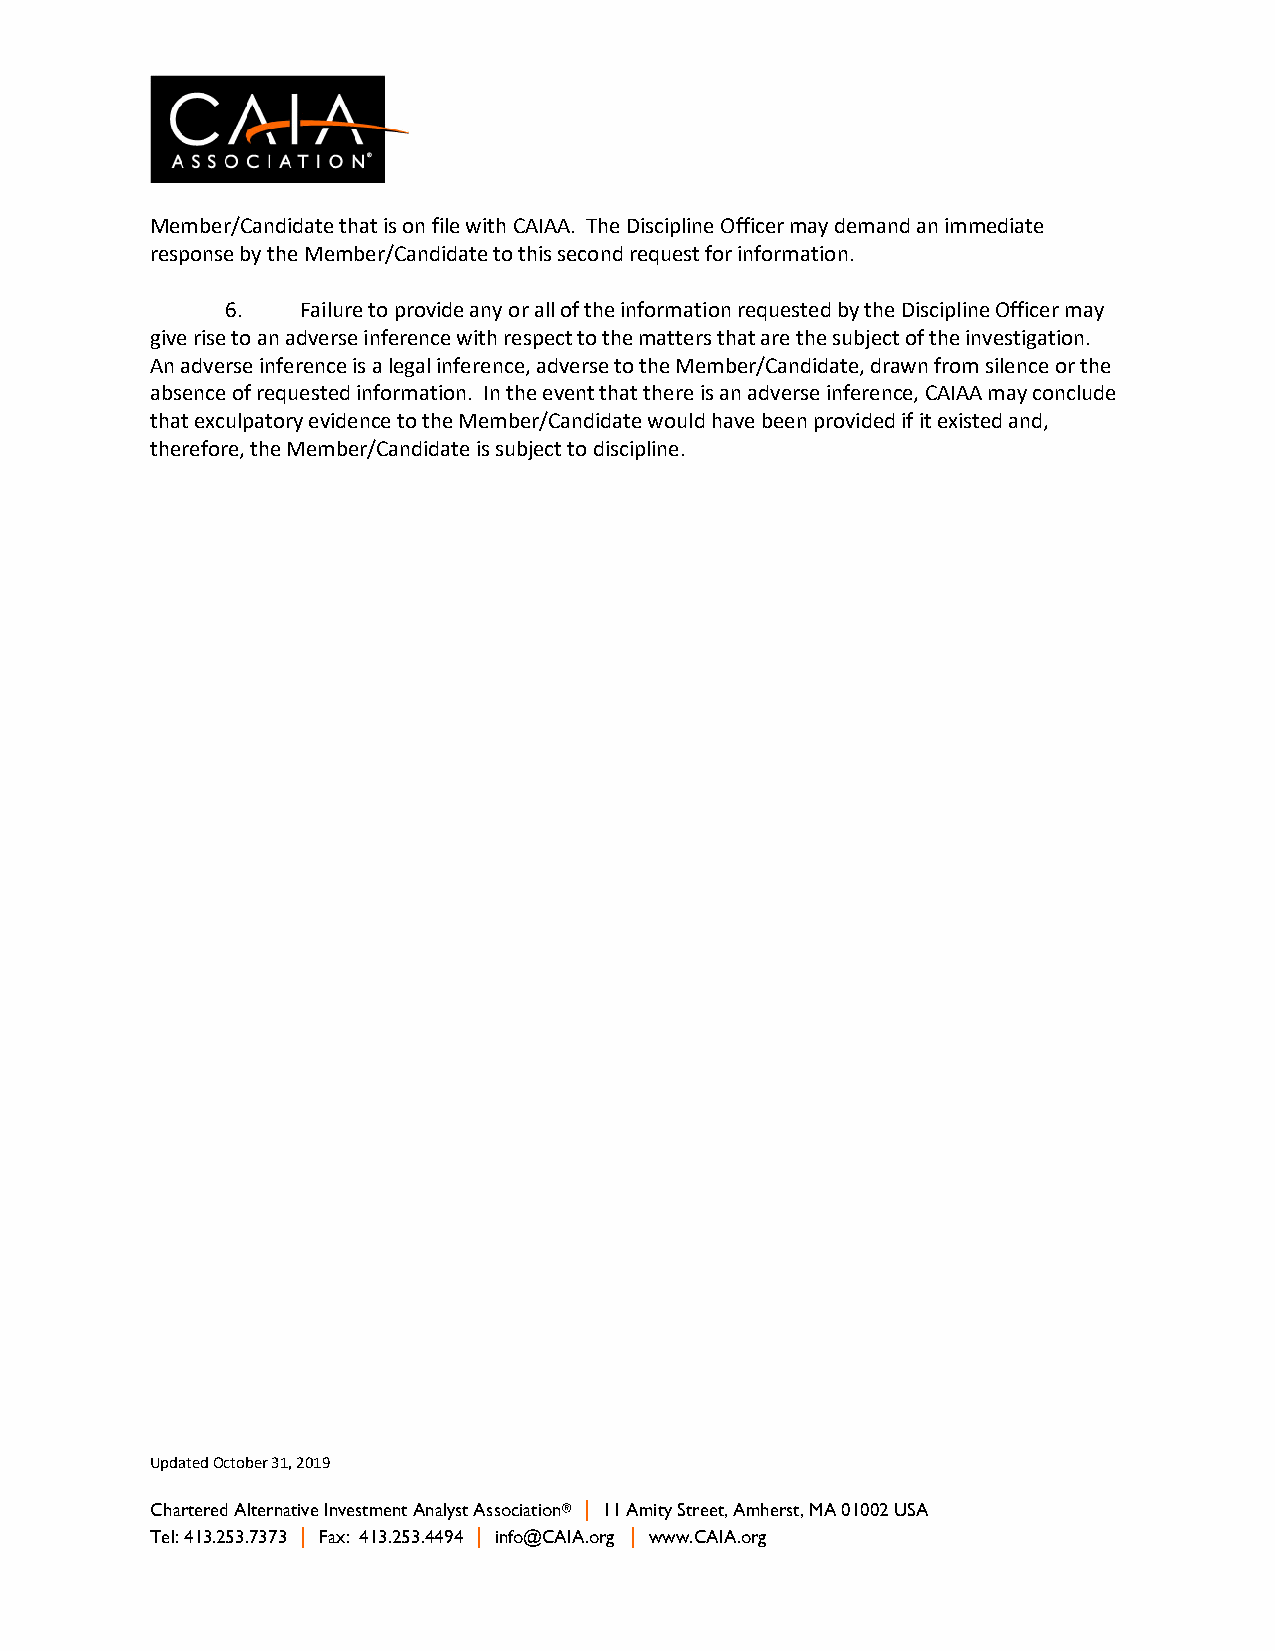
Member/Candidate that is on file with CAIAA. The Discipline Officer may demand an immediate
 response by the Member/Candidate to this second request for information.
 6.   Failure to provide any or all of the information requested by the Discipline Officer may
 give rise to an adverse inference with respect to the matters that are the subject of the investigation.
 An adverse inference is a legal inference, adverse to the Member/Candidate, drawn from silence or the
 absence of requested information. In the event that there is an adverse inference, CAIAA may conclude
 that exculpatory evidence to the Member/Candidate would have been provided if it existed and,
 therefore, the Member/Candidate is subject to discipline.
 Updated October 31, 2019
 Chartered Alternative Investment Analyst Association® | 11 Amity Street, Amherst, MA 01002 USA
 Tel: 413.253.7373 | Fax: 413.253.4494 | info@CAIA.org | www.CAIA.org